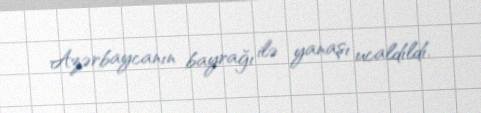
Azərbaycanın bayrağı ilə yanaşı ucaldıldı.